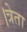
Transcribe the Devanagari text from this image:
।त्रेता